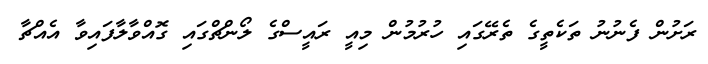
ރަށުން ފެނުނު ތަކެތީގެ ތެރޭގައި ހުރުމުން މިއީ ރައީސްގެ ލޯންޗްގައި ގޮއްވާލާފައިވާ އެއްޗާ